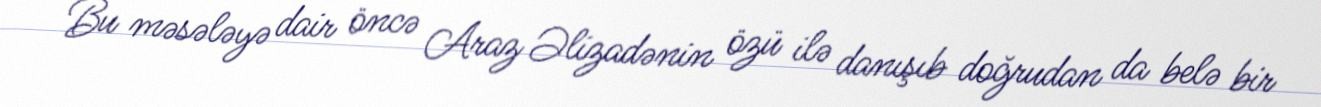
Bu məsələyə dair öncə Araz Əlizadənin özü ilə danışıb doğrudan da belə bir